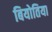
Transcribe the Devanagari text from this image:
बियोतिया